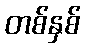
တစ်နှစ်